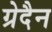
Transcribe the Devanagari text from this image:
ग्रेदैन